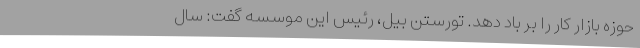
حوزه بازار کار را بر باد دهد. تورستن بیل، رئیس این موسسه گفت: سال